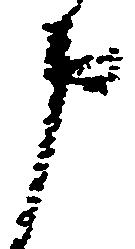
申